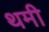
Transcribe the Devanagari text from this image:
थमी